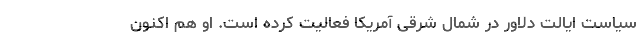
سیاست ایالت دلاور در شمال شرقی آمریکا فعالیت کرده است. او هم اکنون